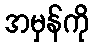
အမှန်ကို